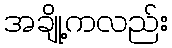
အချို့ကလည်း